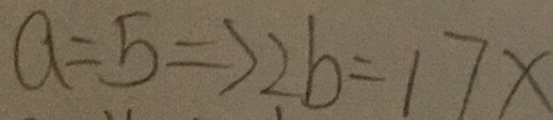
a = 5 \Rightarrow 2 b = 1 7 x